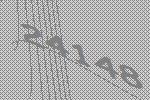
24148